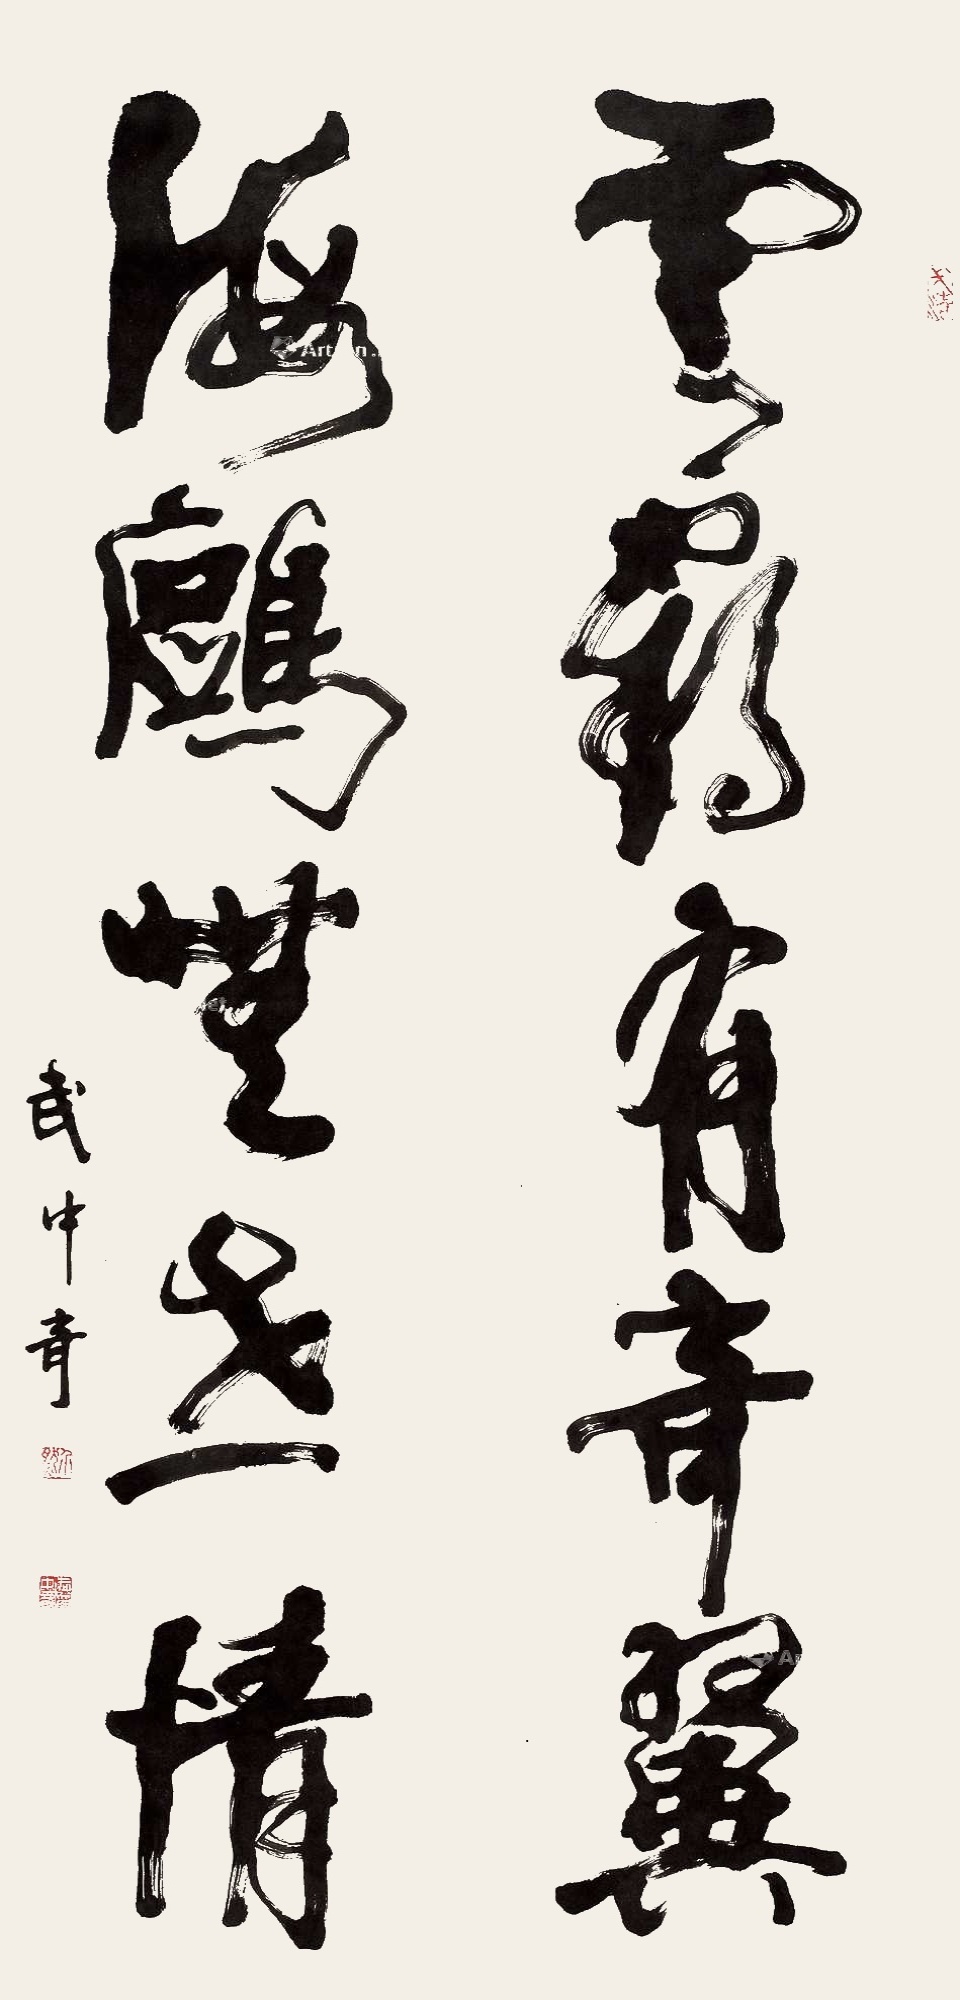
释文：云鹤有奇翼，海鸥无世情。武中奇。